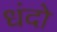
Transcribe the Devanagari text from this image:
धंदो